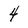
Character: 4